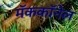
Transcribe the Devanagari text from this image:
मॅककॉनेल